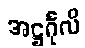
အဋ္ဌင်္ဂုလိ